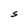
Character: S